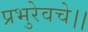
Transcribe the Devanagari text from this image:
प्रभुरेवचे।।